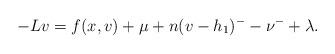
LaTeX: \begin{align*}-Lv=f(x,v)+\mu+ n(v-h_{1})^{-}-\nu^{-}+\lambda.\end{align*}